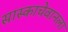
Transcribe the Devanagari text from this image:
सास्काचेवानला